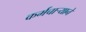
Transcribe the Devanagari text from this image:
कर्मचार्‍याने